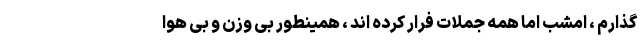
گذارم ، امشب اما همه جملات فرار کرده اند ، همینطور بی وزن و بی هوا